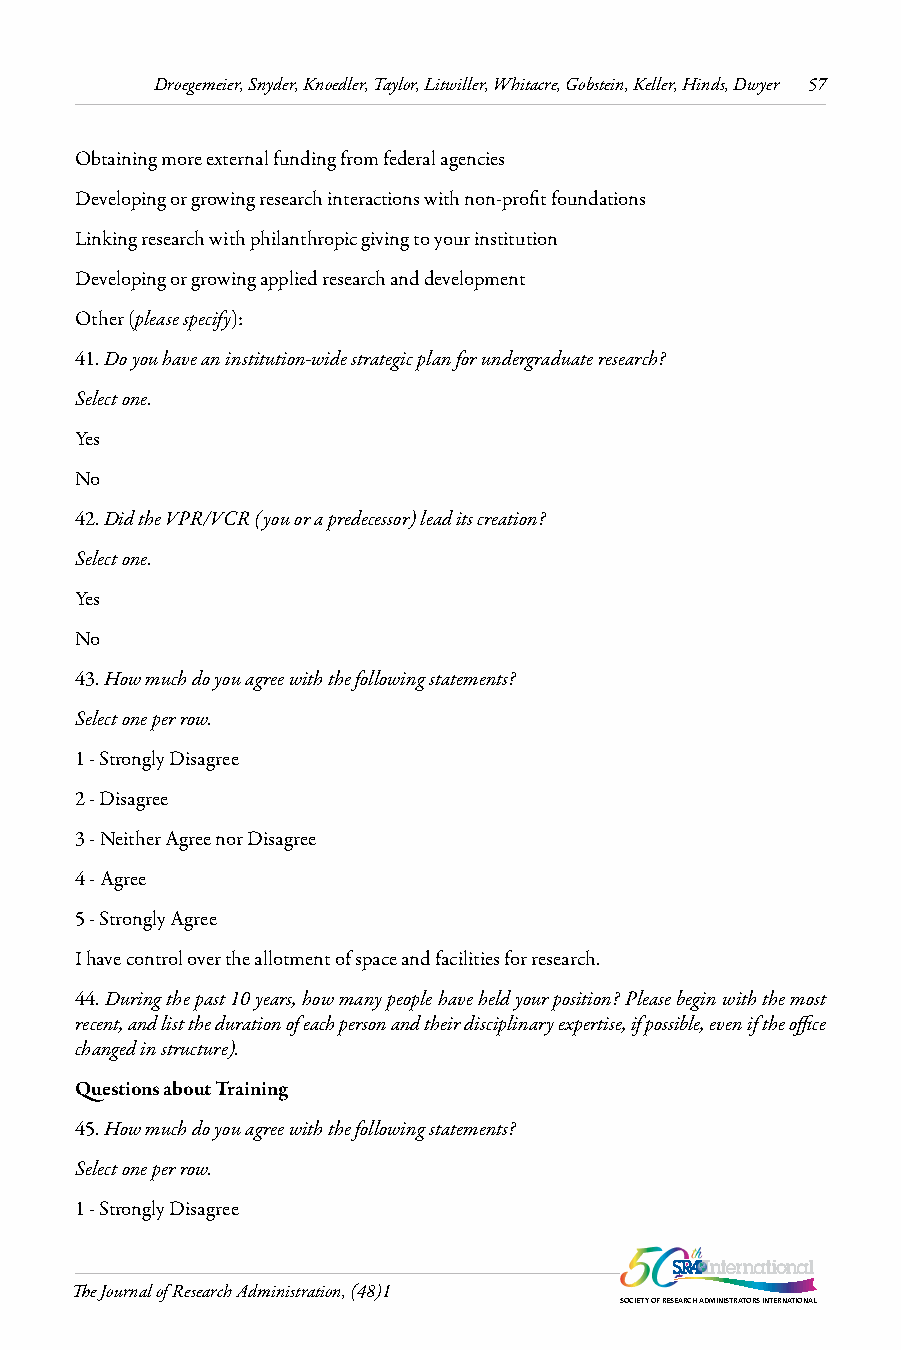
Droegemeier, Snyder, Knoedler, Taylor, Litwiller, Whitacre, Gobstein, Keller, Hinds, Dwyer 57
 Obtaining more external funding from federal agencies
 Developing or growing research interactions with non-profit foundations
 Linking research with philanthropic giving to your institution
 Developing or growing applied research and development
 Other (please specify):
 41. Do you have an institution-wide strategic plan for undergraduate research?
 Select one.
 Yes
 No
 42. Did the VPR/VCR (you or a predecessor) lead its creation?
 Select one.
 Yes
 No
 43. How much do you agree with the following statements?
 Select one per row.
 1 - Strongly Disagree
 2 - Disagree
 3 - Neither Agree nor Disagree
 4 - Agree
 5 - Strongly Agree
 I have control over the allotment of space and facilities for research.
 44. During the past 10 years, how many people have held your position? Please begin with the most
 recent, and list the duration of each person and their disciplinary expertise, if possible, even if the office
 changed in structure).
 Questions about Training
 45. How much do you agree with the following statements?
 Select one per row.
 1 - Strongly Disagree
 The Journal of Research Administration, (48)1
 SOCIETY OF RESEARCH ADMINISTRATORS INTERNATIONAL